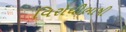
વિરોધીભાષી